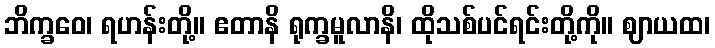
ဘိက္ခဝေ၊ ရဟန်းတို့။ ဧတာနိ ရုက္ခမူလာနိ၊ ထိုသစ်ပင်ရင်းတို့ကို။ ဈာယထ၊